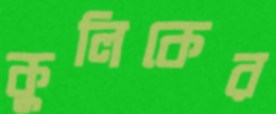
কুলিকের